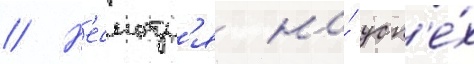
// Н'есмотр'я на́ усп'е́х